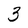
Character: 3